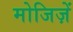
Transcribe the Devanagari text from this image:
मोजिज़ें